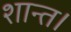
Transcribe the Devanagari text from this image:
शान्त।